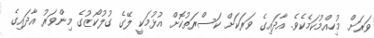
ވަރަށް މުހިއްމުކަމެކެވެ. އާދައިގެ ވަރަކަށް ކަސްރަތުކޮށް އުޅުމަކީ ލޭގެ ގުލުކޯޒުގެ މިންވަރު އާދައިގެ